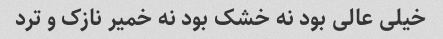
خیلی عالی بود نه خشک بود نه خمیر نازک و ترد